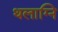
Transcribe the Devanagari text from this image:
थलाग्नि